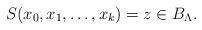
LaTeX: \begin{align*}S(x_0,x_1,\dots, x_k)=z\in B_\Lambda.\end{align*}